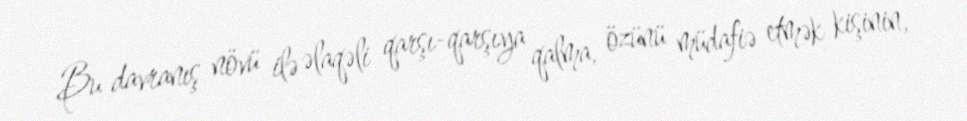
Bu davranış növü ilə əlaqəli qarşı-qarşıya qalma, özünü müdafiə etmək kişinin,